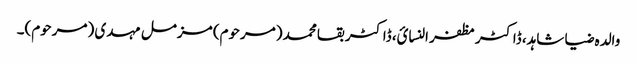
والدہ ضیا شاہد، ڈاکٹر مظفر النسائ، ڈاکٹر بقا محمد (مرحوم) مزمل مہدی (مرحوم)۔